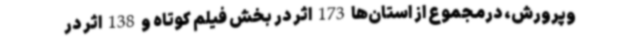
‌وپرورش، درمجموع از استان‌ها 173 اثر در بخش فیلم کوتاه و 138 اثر در